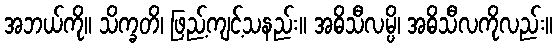
အဘယ်ကို။ သိက္ခတိ၊ ဖြည့်ကျင့်သနည်း။ အဓိသီလမ္ပိ၊ အဓိသီလကိုလည်း။